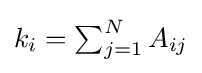
k_{i}=\textstyle \sum _{j=1}^{N}A_{ij}